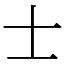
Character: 士